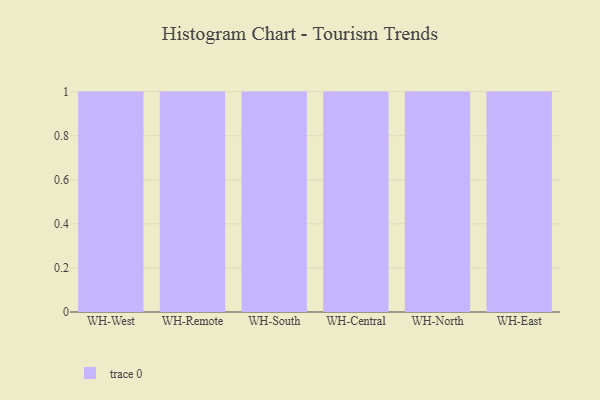
{"axis": {"x": "Warehouse", "y": "Operating Costs (USD K)"}, "legend": [""], "data": [{"x": "WH-West", "y": 60, "type": ""}, {"x": "WH-Remote", "y": 84, "type": ""}, {"x": "WH-South", "y": 5, "type": ""}, {"x": "WH-Central", "y": 21, "type": ""}, {"x": "WH-North", "y": 60, "type": ""}, {"x": "WH-East", "y": 32, "type": ""}]}